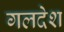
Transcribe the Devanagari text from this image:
गलदेश